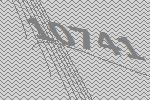
10741